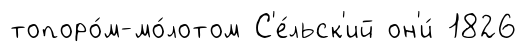
топоро́м-мо́лотом С'е́льск'ий он'и́ 1826